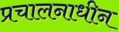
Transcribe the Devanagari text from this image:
प्रचालनाधीन